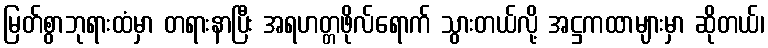
မြတ်စွာဘုရားထံမှာ တရားနာပြီး အရဟတ္တဖိုလ်ရောက် သွားတယ်လို့ အဋ္ဌကထာများမှာ ဆိုတယ်၊